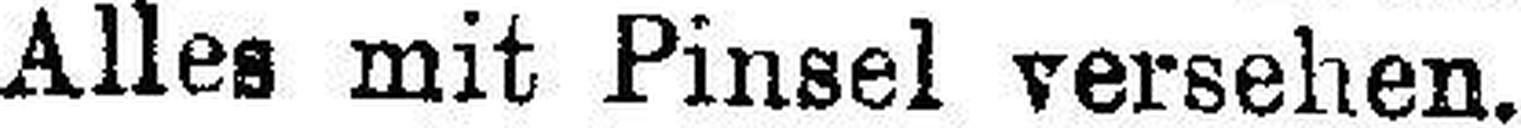
Alles mit Pinsel versehen.